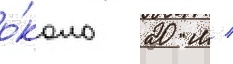
о́коло 20 м /